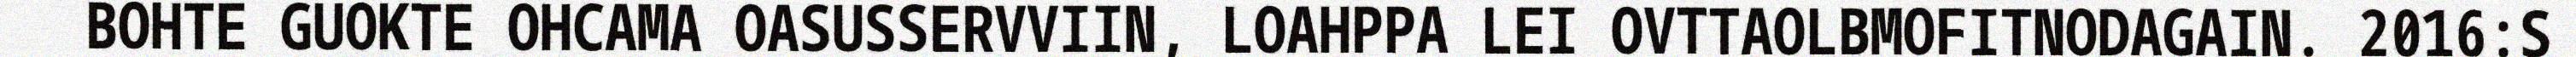
BOHTE GUOKTE OHCAMA OASUSSERVVIIN, LOAHPPA LEI OVTTAOLBMOFITNODAGAIN. 2016:S